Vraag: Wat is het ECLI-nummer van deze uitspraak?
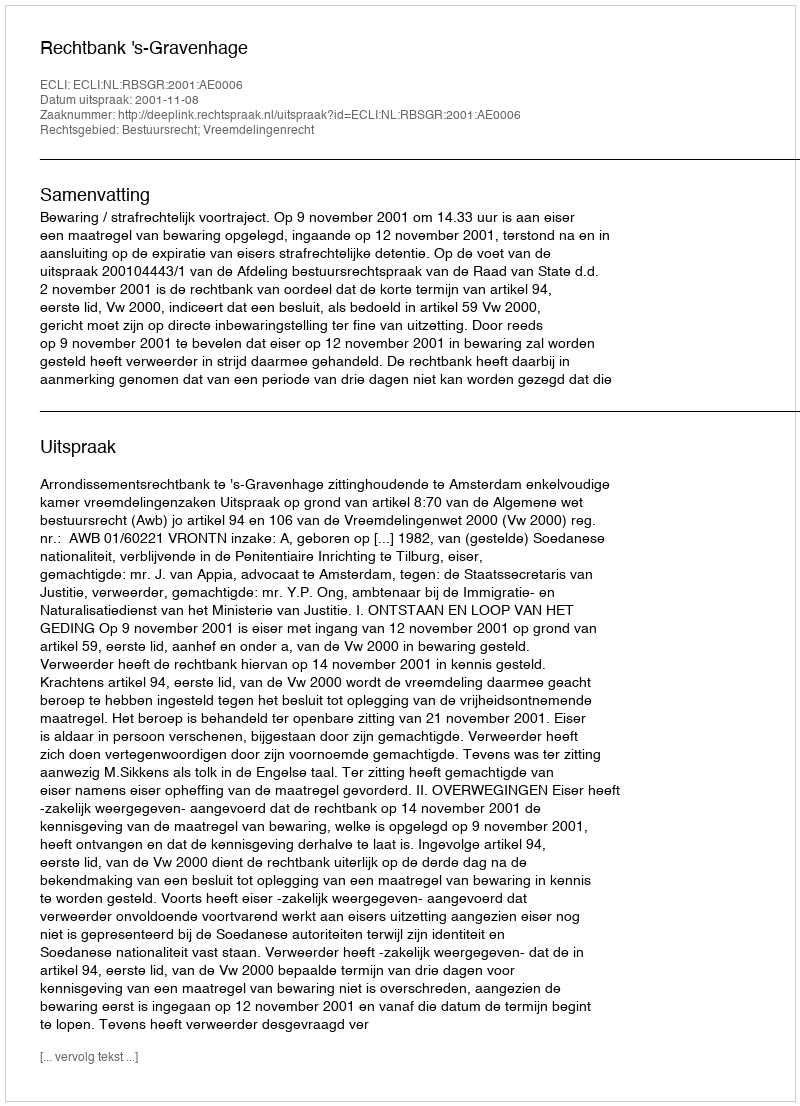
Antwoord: ECLI:NL:RBSGR:2001:AE0006